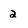
Character: 2